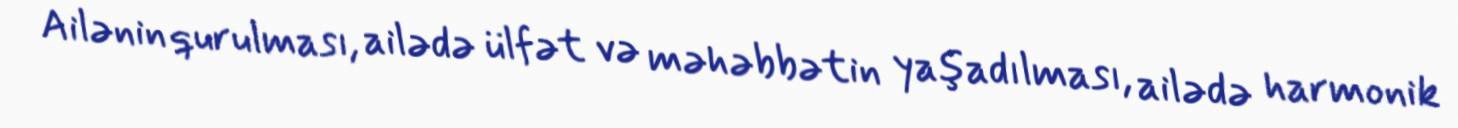
Ailənin qurulması, ailədə ülfət və məhəbbətin yaşadılması, ailədə harmonik